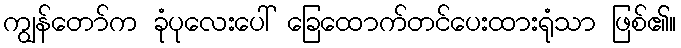
ကျွန်တော်က ခုံပုလေးပေါ် ခြေထောက်တင်ပေးထားရုံသာ ဖြစ်၏။